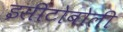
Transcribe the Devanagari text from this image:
इसीटोबोली